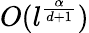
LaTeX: O(l^{\frac{\alpha}{d+1}})